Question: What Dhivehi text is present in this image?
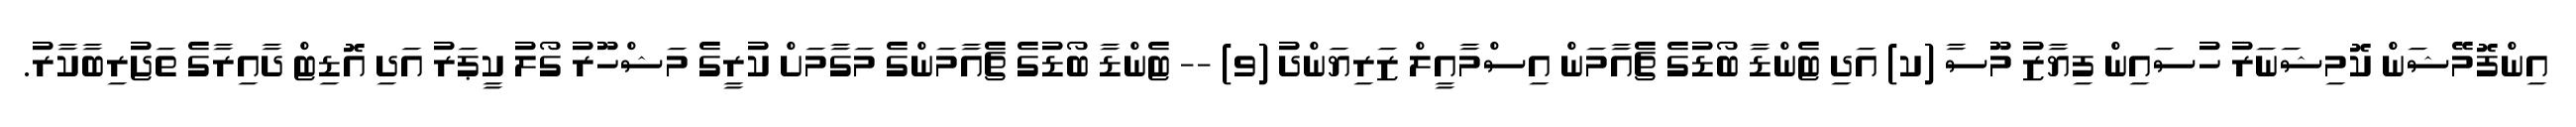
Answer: އިންފޮމޭޝަން ކޮމިޝަނަރު ހުސައިން ފިޔާޒު މޫސާ (ކ) އަދި ޓެންޑާ ބޯޑުގެ ޗެއާމަން އިސްމާއީލް ޒަރިޔަންދު (ވ) -- ޓެންޑާ ބޯޑުގެ ޗެއާމަންގެ މަގާމަށް ކުރީގެ މަޝްހޫރު ގޯލު ކީޕަރު އަދި އޮޑިޓް ދާއިރާގެ ތަޖުރިބާކާރު.